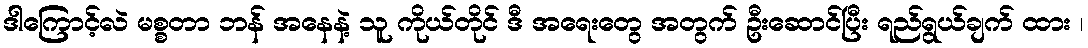
ဒါကြောင့်လဲ မစ္စတာ ဘန် အနေနဲ့ သူ ကိုယ်တိုင် ဒီ အရေးတွေ အတွက် ဦးဆောင်ပြီး ရည်ရွယ်ချက် ထား ၊